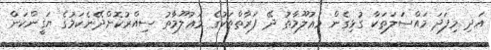
އަދި މިފަދަ މައްސަލަތަކާ ގުޅިގެން މަޢުލޫމާތު ދޭ ފަރާތްތަކުގެ މަޢުލޫމާތު ސިއްރުކޮށްދޭނެކަމުގެ ޔަޤީންކަން